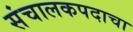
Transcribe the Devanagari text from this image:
संचालकपदाचा